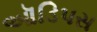
ઑડિપસ